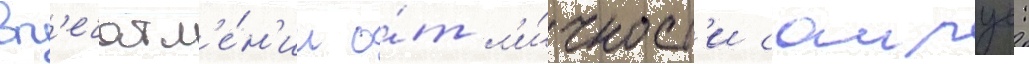
вп'ечатл'е́н'ии о́т л'и́чност'и саирус: